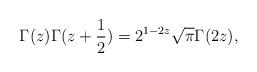
LaTeX: \begin{align*}\Gamma(z)\Gamma(z+\frac{1}{2})=2^{1-2z}\sqrt{\pi}\Gamma(2z), \end{align*}